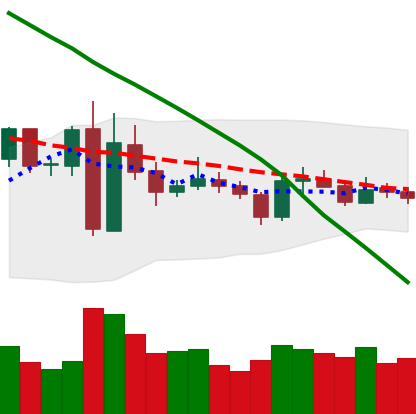
Ticker: XRP-USD
Chart end date: 2019-03-11
Forward return: 3.023%
Label: up_3_5